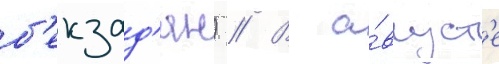
б'екзад'ян) // В а́вгуст'е